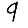
Digit: 9